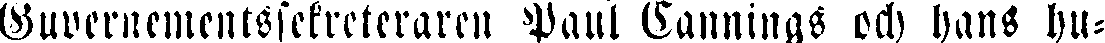
Guvernementssekreteraren Paul Tannings och hans hu-